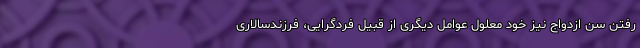
رفتن سن ازدواج نیز خود معلول عوامل دیگری از قبیل فردگرایی، فرزندسالاری